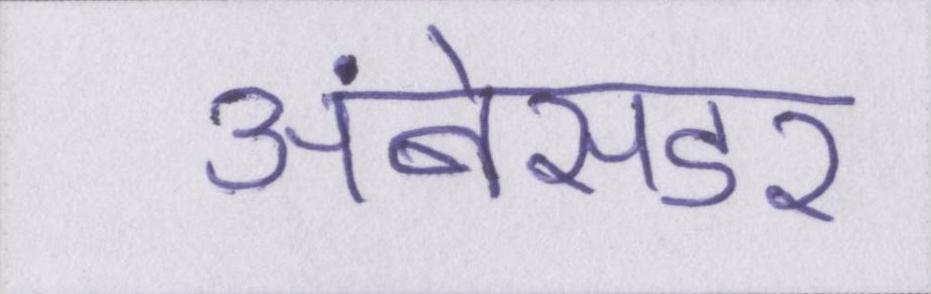
अंबेसडर